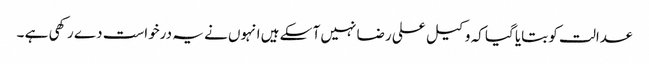
عدالت کو بتایا گیا کہ وکیل علی رضا نہیں آ سکے ہیں انہوں نے یہ درخواست دے رکھی ہے ۔